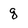
Character: q